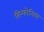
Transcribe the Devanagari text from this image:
सिन्फोनिया